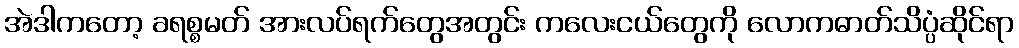
အဲဒါကတော့ ခရစ္စမတ် အားလပ်ရက်တွေအတွင်း ကလေးငယ်တွေကို လောကဓာတ်သိပ္ပံဆိုင်ရာ